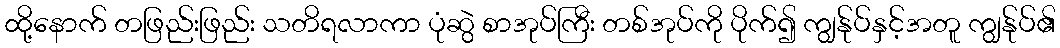
ထို့နောက် တဖြည်းဖြည်း သတိရလာကာ ပုံဆွဲ စာအုပ်ကြီး တစ်အုပ်ကို ပိုက်၍ ကျွန်ုပ်နှင့်အတူ ကျွန်ုပ်၏